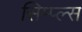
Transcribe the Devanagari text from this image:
सिम्प्ल्स